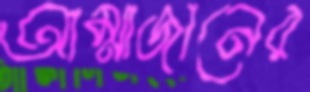
আম্মাজানের